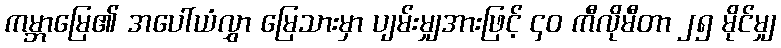
ကမ္ဘာမြေ၏ အပေါ်ယံလွှာ မြေသားမှာ ပျမ်းမျှအားဖြင့် ၄၀ ကီလိုမီတာ ၂၅ မိုင်မျှ